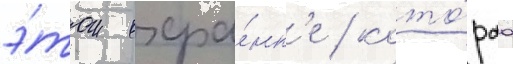
э́том охра́нк'е / кото́раа